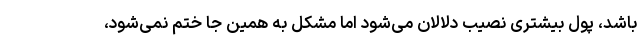
باشد، پول بیشتری نصیب دلالان می‌شود اما مشکل به همین جا ختم نمی‌شود،